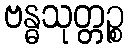
ဗန္ဓသုတ္တဉ္စ